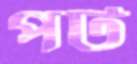
পট